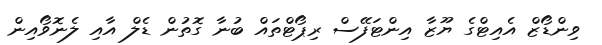
ވިންޑޯޒް އެއިޓްގެ ޔޫޒާ އިންޓަފޭސް ރިޕޯޓްތައް ބުނާ ގޮތުން ޑެލް އާއި ލެނޮވޯއިން